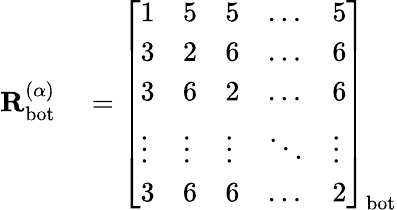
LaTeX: \begin{array}{rl}{\mathbf{R}_{\mathrm{bot}}^{(\alpha)}}&{{}=\left[\begin{array}{lllll}{1}&{5}&{5}&{\dots}&{5}\\ {3}&{2}&{6}&{\dots}&{6}\\ {3}&{6}&{2}&{\dots}&{6}\\ {\vdots}&{\vdots}&{\vdots}&{\ddots}&{\vdots}\\ {3}&{6}&{6}&{\dots}&{2}\end{array}\right]_{\mathrm{bot}}}\end{array}